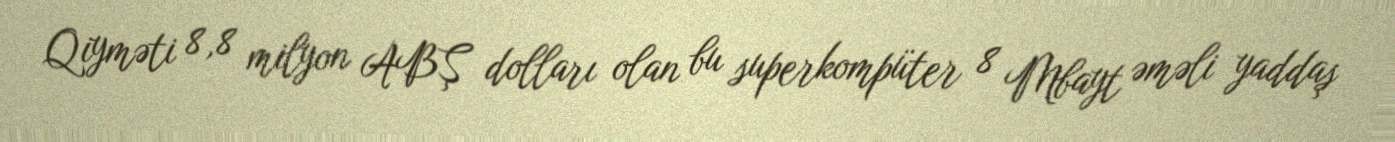
Qiyməti 8,8 milyon ABŞ dolları olan bu superkompüter 8 Mbayt əməli yaddaş